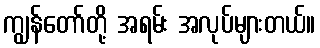
ကျွန်တော်တို့ အရမ်း အလုပ်များတယ်။